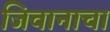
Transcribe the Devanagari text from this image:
जिवानाचा